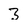
Character: 3